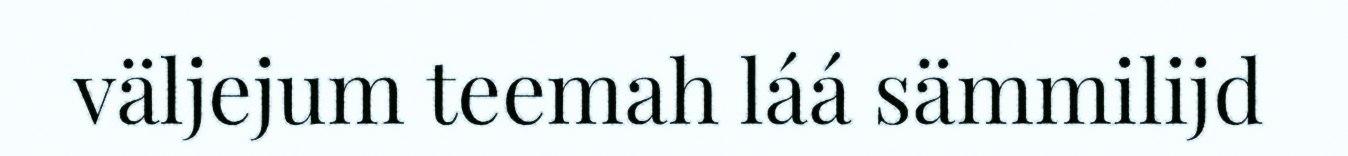
väljejum teemah láá sämmilijd